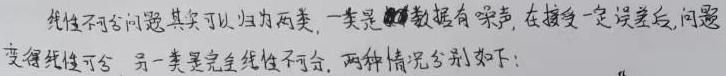
线性不可分问题其实可以归为两类,一类是数据有噪声,在接受一定误差后,问题变得线性可分,另一类是完全线性不可分,两种情况分别如下: